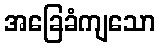
အခြေခံကျသော